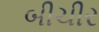
બીચીર